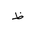
Letter: _za